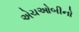
એચઓબીનો